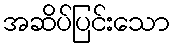
အဆိပ်ပြင်းသော